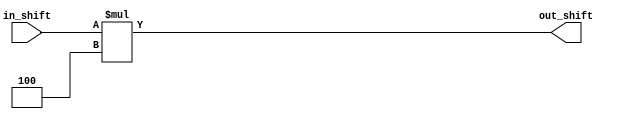
module shift1
(
	input[31:0] in_shift,
	output [31:0] out_shift
);
 assign out_shift = {in_shift*4};
 endmodule